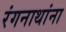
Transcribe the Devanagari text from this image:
रंगनाथांना